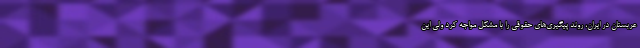
عربستان در ایران، روند پیگیری‌های حقوقی را با مشکل مواجه کرد ولی این